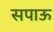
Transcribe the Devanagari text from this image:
सपाऊ